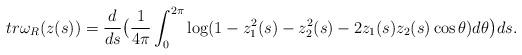
LaTeX: \begin{align*}tr\omega_R(z(s))= \frac{d}{ds}\big(\frac{1}{4\pi}\int_0^{2\pi} \log (1-z_1^2(s)-z_2^2(s)-2z_1(s)z_2(s)\cos\theta)d\theta\big)ds.\end{align*}